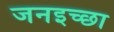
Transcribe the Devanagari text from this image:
जनइच्छा